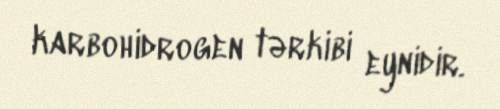
karbohidrogen tərkibi eynidir.